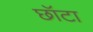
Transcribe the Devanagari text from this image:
छॉटा